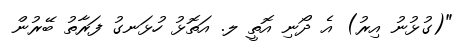
"(ގުޅުނު އިރު) އެ ދޯނި އޮތީ ލ. އަތޮޅު ހުޅަނގު ފަރާތު ބޭރުން